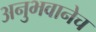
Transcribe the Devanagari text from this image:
अनुभवानेच